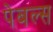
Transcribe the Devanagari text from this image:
पेबल्स